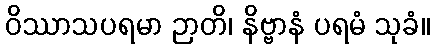
ဝိဿာသပရမာ ဉာတိ၊ နိဗ္ဗာနံ ပရမံ သုခံ။